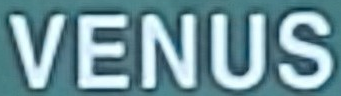
VENUS